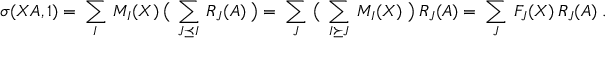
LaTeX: \sigma ( X A , 1 ) = \ \sum _ { I } \ M _ { I } ( X ) \ \big ( \ \sum _ { J \preceq I } \ R _ { J } ( A ) \ \big ) = \ \sum _ { J } \ \big ( \ \sum _ { I \succeq J } \ M _ { I } ( X ) \ \big ) \ R _ { J } ( A ) = \ \sum _ { J } \ F _ { J } ( X ) \, R _ { J } ( A ) \ .